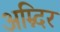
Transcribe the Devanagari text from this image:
अम्न्दिर